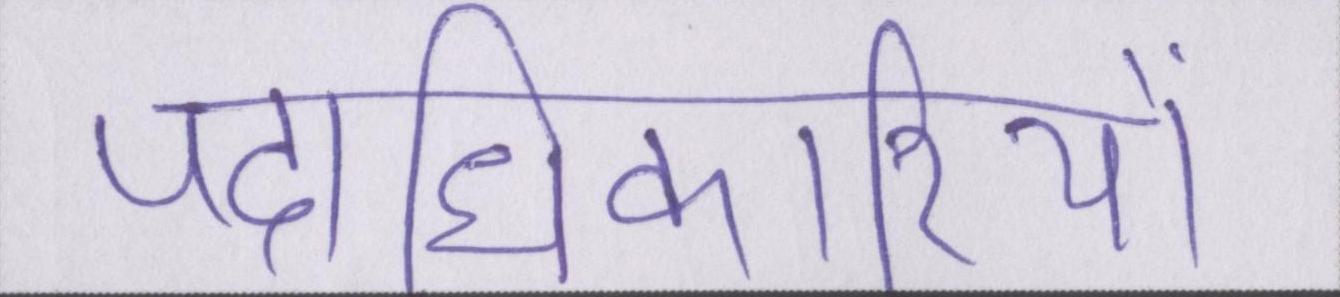
पदाधिकारियों